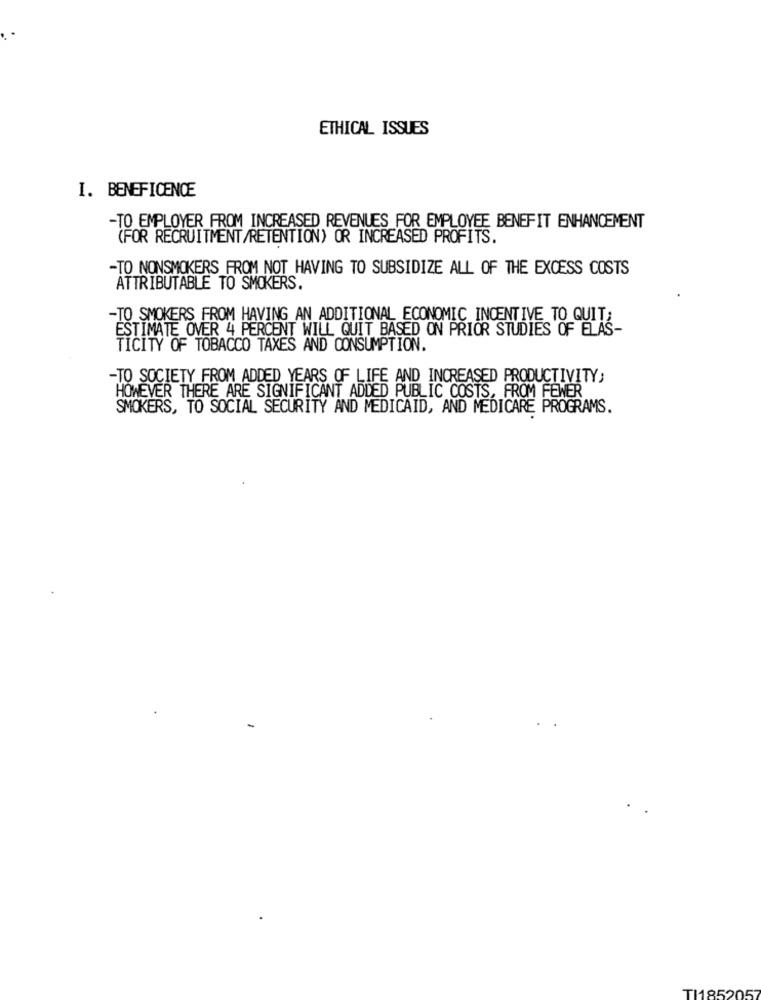
ETHICAL ISSUES
I. BENEFICENCE
-TO EMPLOYER FROM INCREASED REVENUES FOR EMPLOYEE BENEFIT ENHANCEMENT
(FOR RECRUITMENT/RETENTION) OR INCREASED PROFITS.
-TO NONSMOKERS FROM NOT HAVING TO SUBSIDIZE ALL OF THE EXCESS COSTS
ATTRIBUTABLE TO SMOKERS.
-TO SMOKERS FROM HAVING AN ADDITIONAL ECONOMIC INCENTIVE TO QUIT;
ESTIMATE OVER 4 PERCENT WILL QUIT BASED ON PRIOR STUDIES OF ELAS-
TICITY OF TOBACCO TAXES AND CONSUMPTION.
-TO SOCIETY FROM ADDED YEARS OF LIFE AND INCREASED PRODUCTIVITY;
HOWEVER THERE ARE SIGNIFICANT ADDED PUBLIC COSTS, FROM FEWER
SMOKERS, TO SOCIAL SECURITY AND MEDICAID, AND MEDICARE PROGRAMS.
TI1852057